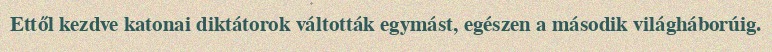
Ettől kezdve katonai diktátorok váltották egymást, egészen a második világháborúig.